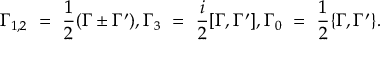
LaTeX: \Gamma _ { 1 , 2 } ~ = ~ \frac { 1 } { 2 } ( \Gamma \pm \Gamma ^ { \prime } ) , \Gamma _ { 3 } ~ = ~ \frac { i } { 2 } [ \Gamma , \Gamma ^ { \prime } ] , \Gamma _ { 0 } ~ = ~ \frac { 1 } { 2 } \{ \Gamma , \Gamma ^ { \prime } \} .